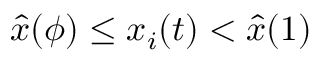
\hat { x } ( \phi ) \leq x _ { i } ( t ) < \hat { x } ( 1 )